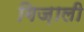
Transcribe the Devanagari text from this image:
गिज़ाली